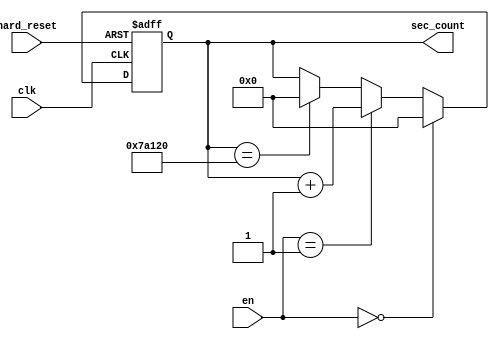
module sec_counter(
              clk,
              hard_reset,
            sec_count,
            en);
            
input clk;
input hard_reset;
input [1:0] en;

output reg [18:0] sec_count;

parameter T0=2'b00;
parameter T1=2'b01;
parameter T2=2'b10;

always @ (posedge clk or negedge hard_reset) begin
  if (~hard_reset) sec_count <=0;
else begin 
 if(en == T0) sec_count <=0; 
else begin
if(en == T1) sec_count <= sec_count+19'd1; 

else begin
if (en == T2) sec_count <= sec_count;
if(sec_count == 19'd500_000) sec_count <= 0; 
end
end
end
end
endmodule